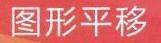
图形平移